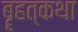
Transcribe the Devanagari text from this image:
बॄहत्कथा